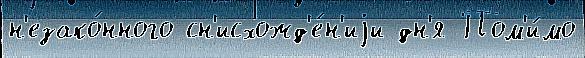
н'езако́нного сн'исхожд'е́н'иjи дн'я Пом'и́мо